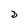
Character: D